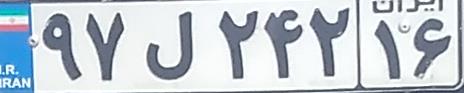
۹۷ل۲۴۲۱۶